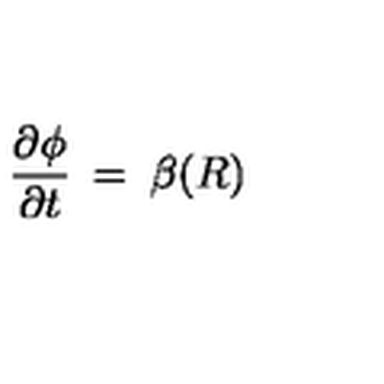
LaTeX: \frac { \partial \phi } { \partial t } \: = \: \beta ( R )